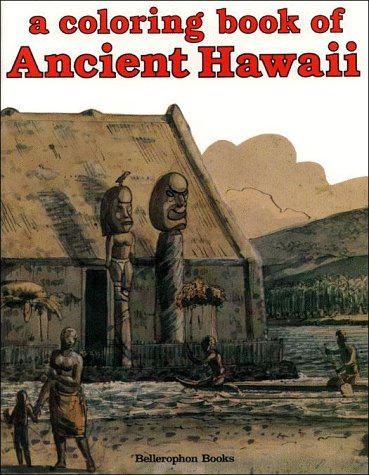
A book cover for Ancient Hawaii Coloring Book; Bellerophon Books; Children's Books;